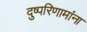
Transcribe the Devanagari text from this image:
दुष्परिणामांना